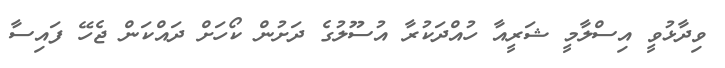
ވިދާޅުވީ އިސްލާމީ ޝަރީއާ ހުއްދަކުރާ އުސޫލުގެ ދަށުން ކޯހަށް ދައްކަން ޖެހޭ ފައިސާ